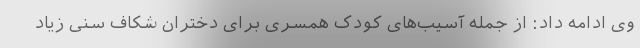
وی ادامه داد: از جمله آسیب‌های کودک همسری برای دختران شکاف سنی زیاد